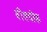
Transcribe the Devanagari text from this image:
बीसचोफ